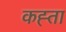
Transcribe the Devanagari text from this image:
कह्ता